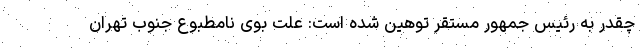
چقدر به رئیس جمهور مستقر توهین شده است: علت بوی نامطبوع جنوب تهران